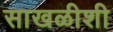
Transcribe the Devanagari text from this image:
साखळीशी